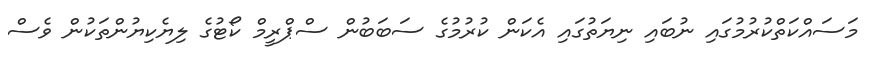
މަސައްކަތްކުރުމުގައި ނުބައި ނިޔަތުގައި އެކަން ކުރުމުގެ ސަބަބުން ސްޕްރީމް ކޯޓުގެ ލިޔެކިޔުންތަކުން ވެސް